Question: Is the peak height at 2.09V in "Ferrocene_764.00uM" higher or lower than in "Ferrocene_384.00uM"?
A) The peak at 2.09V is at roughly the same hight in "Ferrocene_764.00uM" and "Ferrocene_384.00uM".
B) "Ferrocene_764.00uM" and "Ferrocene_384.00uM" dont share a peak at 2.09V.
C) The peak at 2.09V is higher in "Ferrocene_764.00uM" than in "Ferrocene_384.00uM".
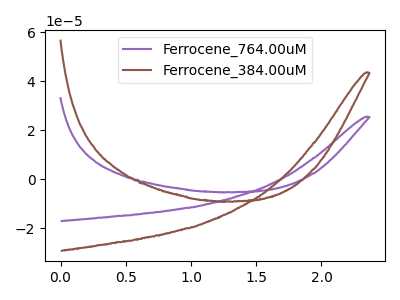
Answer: <think>The purple curve "Ferrocene_764.00uM" has no peaks. The brown curve "Ferrocene_384.00uM" has no peaks.</think>
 <answer>B) "Ferrocene_764.00uM" and "Ferrocene_384.00uM" dont share a peak at 2.09V.</answer>
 <eval>B</eval>